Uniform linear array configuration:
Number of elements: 8
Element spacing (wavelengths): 0.25
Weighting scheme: hann
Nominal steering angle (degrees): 0
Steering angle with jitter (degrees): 0.6081
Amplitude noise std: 0.05
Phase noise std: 0.05

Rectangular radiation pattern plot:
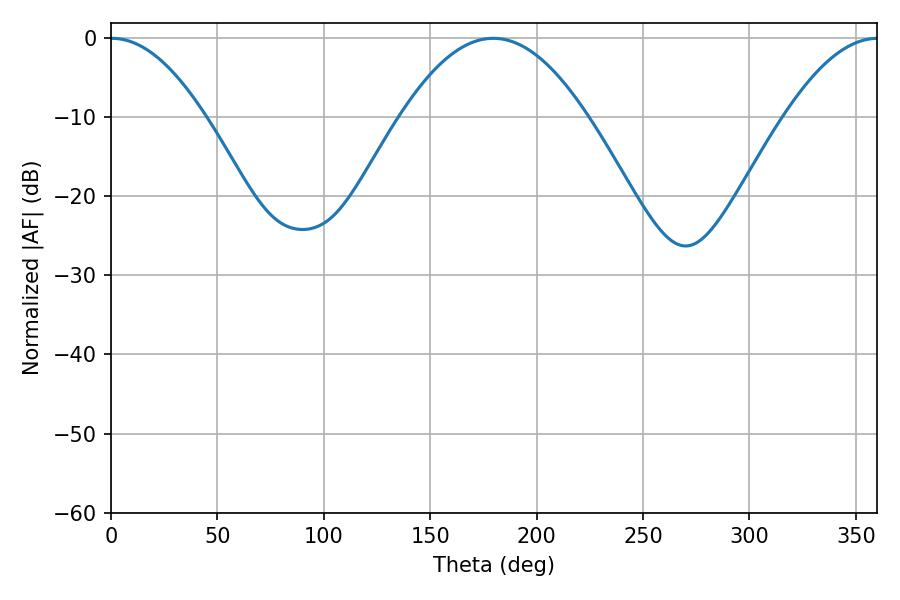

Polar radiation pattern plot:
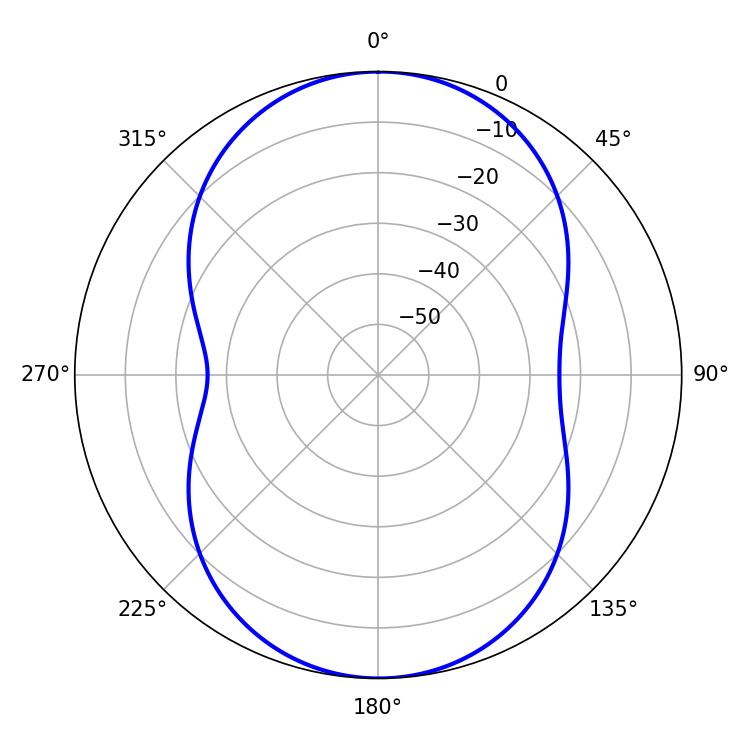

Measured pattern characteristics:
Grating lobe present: FALSE
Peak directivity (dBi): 23.492
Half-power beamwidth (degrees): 24.3
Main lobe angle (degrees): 0.36